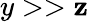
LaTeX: y>>\mathbf{z}